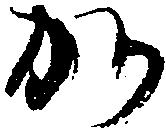
か